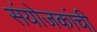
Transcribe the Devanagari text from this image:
संयोजकांची